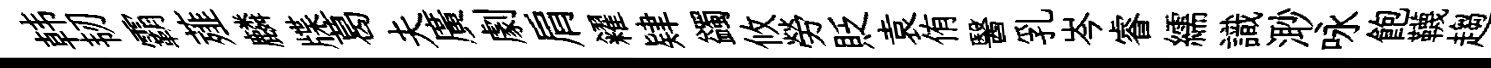
韩韧霸薤麟牒葛夫廣劇肩糴肄蠲攸勞貶袁侑醫乳岑睿繻識𣺌咏飽韈趨